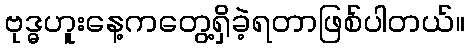
ဗုဒ္ဓဟူးနေ့ကတွေ့ရှိခဲ့ရတာဖြစ်ပါတယ်။